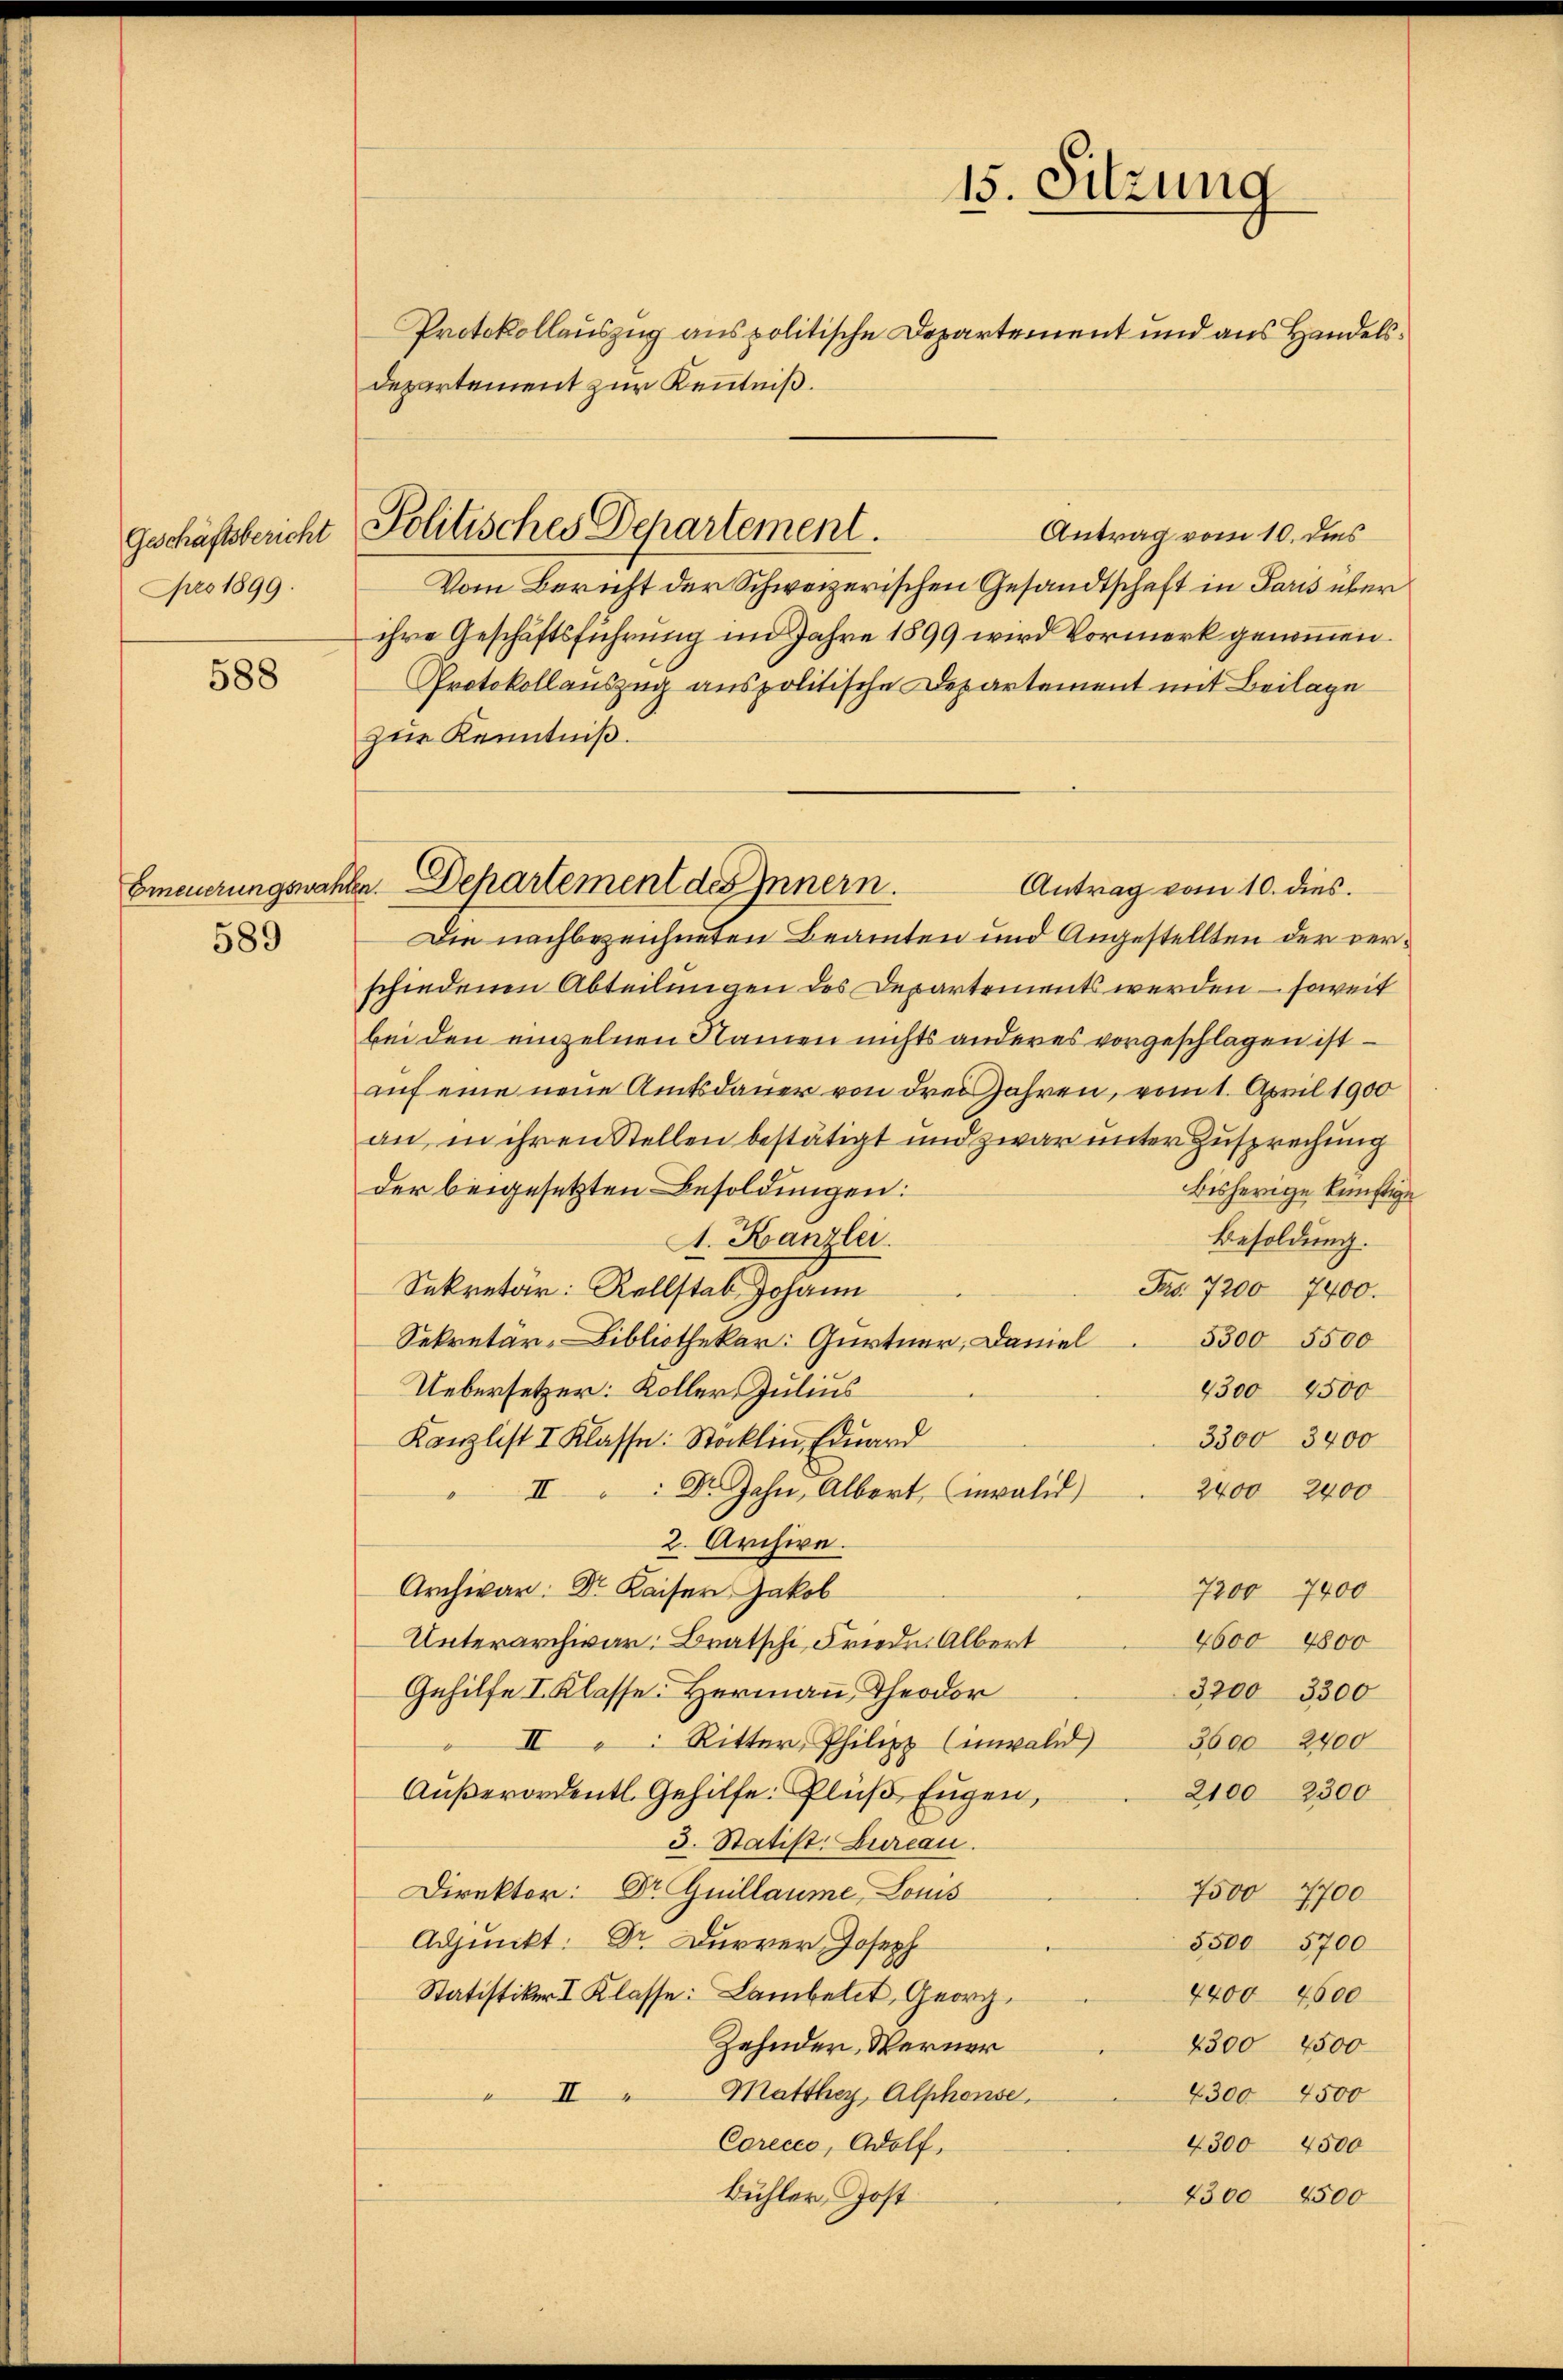
Geschäftsbericht
pro 1899.

588

Erneuerungswahl

589

Departement zur Kenntniß.

Politisches Departement.

Antrag vom 10. dies
Vom Bericht der Schweizerischen Gesandtschaft in Paris über
ihre Geschäftsführung im Jahre 1899 wird Vormerk genommen.
Protokollauszug auspolitische Departement mit Beilage
zur Kenntniß.
Antrag vom 10. dies
Die nachbezeichneten Beamten und Angestellten der verschiedenen Abteilungen des Departements werden – soweit
bei den einzelnen Namen nichts anderes vorgeschlagen ist
auf eine neue Amtsdauer von drei Jahren, vom 1. April 1900
an, in ihren Stellen bestätigt und zwar unter Zusprechung
der beigesetzten Besoldungen:
bisherige künftigen
Besoldung.
A. Kanzlei.
Sekretär: Rellstab Johann
Frs. 7200 7400.
Sekretär-Bibliothekar: Gurtner, Daniel
5300 5500
Uebersetzer: Koller, Julius
4300 4500
3300 3400
Kanzlist I Klasse: Stocklin, Eduard
II " Dr. Jahn, Albert, invalid
2400 2400
2. Archive.
Archivar: Dr. Kaiser Jakob
7200 7400
4600 4800
Unterarchivar: Bratschi Friede Albert
Gehilfe I. Klasse. Hermann Theodor
3200 3300
II Ritter, Philipp (invalid
3600 2400
2100 2300
Außerordentl. Gehilfe. Plüß Eugen,
3. Statist. Zureau.
Direktor: Dr Guillaume, Louis
7500 4700
Adjunkt: Dr. Dürrer Joseph
5500 5700
Statistiker I Klasse: Lambelt, Georg¬
4400 4600
Zehnder, Werner
2300 2500
4300 4500
II Matthey, Alphonse
Corecco, Adolf,
4300 4500
Bühler, Post
4300 4500

%. Departement des Innern.

15. Sitzung
Protokollauszug aus politische Departement und aus Handels¬